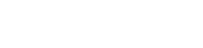
ပေါ်ထွက်လာခဲ့ပါတယ်။